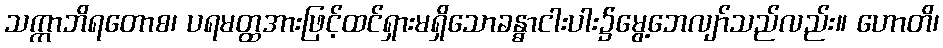
သက္ကာဘိရတောစ၊ ပရမတ္ထအားဖြင့်ထင်ရှားမရှိသောခန္ဓာငါးပါး၌မွေ့ဘေလျာ်သည်လည်း။ ဟောတိ၊